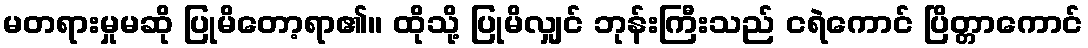
မတရားမှုမဆို ပြုမိတော့ရာ၏။ ထိုသို့ ပြုမိလျှင် ဘုန်းကြီးသည် ငရဲကောင် ပြိတ္တာကောင်